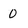
Character: 0